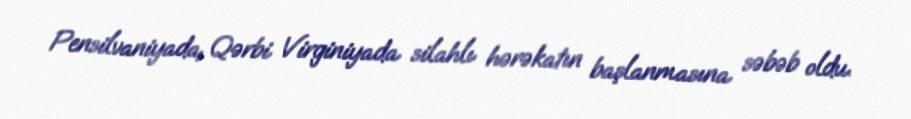
Pensilvaniyada, Qərbi Virginiyada silahlı hərəkatın başlanmasına səbəb oldu.